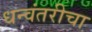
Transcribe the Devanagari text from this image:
धन्वंतरीचा